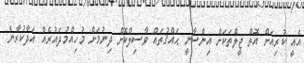
އެއީ ކުރިއަށް އޮތް ޖީލްތަކަށް އިންސާނީ ޙައްޤުތައް ވާސިލްކޮށް ދިނުމަށް މުހިއްމުދައުރެއް އަދާކުރާނެ